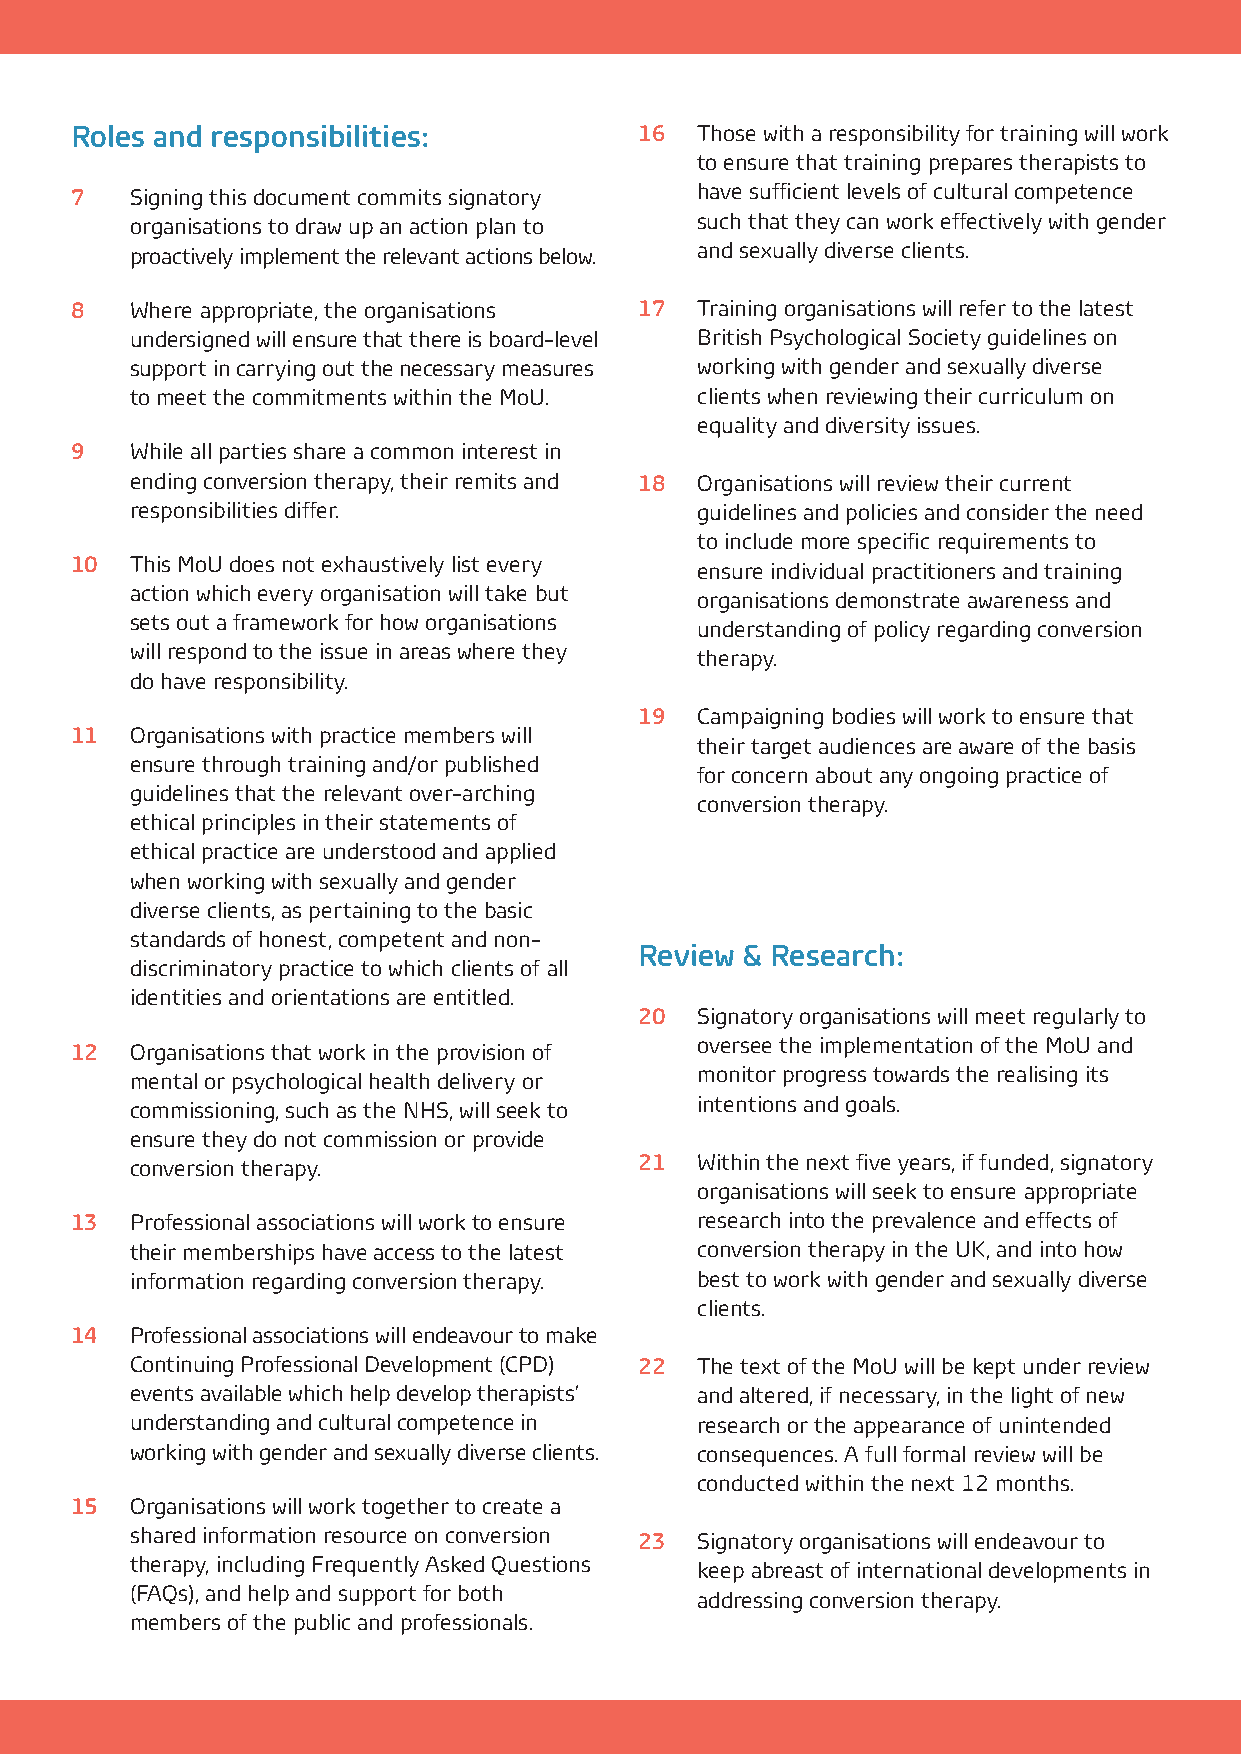
Roles and responsibilities:          16  Those with a responsibility for training will work
 to ensure that training prepares therapists to
 7   Signing this document commits signatory have sufficient levels of cultural competence
 organisations to draw up an action plan to such that they can work effectively with gender
 proactively implement the relevant actions below. and sexually diverse clients.
 8   Where appropriate, the organisations 17 Training organisations will refer to the latest
 undersigned will ensure that there is board-level British Psychological Society guidelines on
 support in carrying out the necessary measures working with gender and sexually diverse
 to meet the commitments within the MoU. clients when reviewing their curriculum on
 equality and diversity issues.
 9   While all parties share a common interest in
 ending conversion therapy, their remits and 18 Organisations will review their current
 responsibilities differ.             guidelines and policies and consider the need
 to include more specific requirements to
 10  This MoU does not exhaustively list every
 ensure individual practitioners and training
 action which every organisation will take but
 organisations demonstrate awareness and
 sets out a framework for how organisations
 understanding of policy regarding conversion
 will respond to the issue in areas where they
 therapy.
 do have responsibility.
 19  Campaigning bodies will work to ensure that
 11  Organisations with practice members will
 their target audiences are aware of the basis
 ensure through training and/or published
 for concern about any ongoing practice of
 guidelines that the relevant over-arching
 conversion therapy.
 ethical principles in their statements of
 ethical practice are understood and applied
 when working with sexually and gender
 diverse clients, as pertaining to the basic
 standards of honest, competent and non-
 Review & Research:
 discriminatory practice to which clients of all
 identities and orientations are entitled.
 20  Signatory organisations will meet regularly to
 12  Organisations that work in the provision of oversee the implementation of the MoU and
 mental or psychological health delivery or monitor progress towards the realising its
 commissioning, such as the NHS, will seek to intentions and goals.
 ensure they do not commission or provide
 conversion therapy.              21  Within the next five years, if funded, signatory
 organisations will seek to ensure appropriate
 13  Professional associations will work to ensure research into the prevalence and effects of
 their memberships have access to the latest conversion therapy in the UK, and into how
 information regarding conversion therapy. best to work with gender and sexually diverse
 clients.
 14  Professional associations will endeavour to make
 Continuing Professional Development (CPD) 22 The text of the MoU will be kept under review
 events available which help develop therapists’ and altered, if necessary, in the light of new
 understanding and cultural competence in research or the appearance of unintended
 working with gender and sexually diverse clients. consequences. A full formal review will be
 conducted within the next 12 months.
 15  Organisations will work together to create a
 shared information resource on conversion 23 Signatory organisations will endeavour to
 therapy, including Frequently Asked Questions keep abreast of international developments in
 (FAQs), and help and support for both addressing conversion therapy.
 members of the public and professionals.